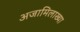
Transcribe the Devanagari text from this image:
अजामिलाख्या